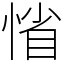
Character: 𢜫